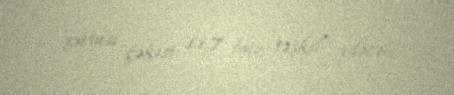
xüsusi çəkisi 11,7 faiz təşkil edəcək.